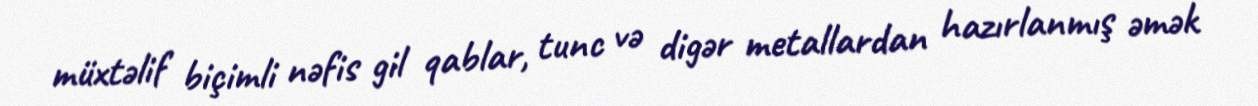
müxtəlif biçimli nəfis gil qablar, tunc və digər metallardan hazırlanmış əmək